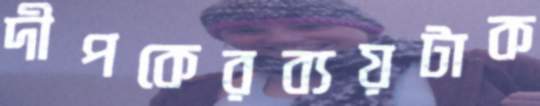
দীপকেরব্যয়টাক